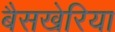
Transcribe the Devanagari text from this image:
बैसखेरिया